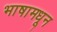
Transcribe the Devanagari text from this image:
भाषामधून